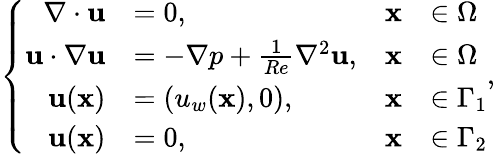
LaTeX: \left\{ \begin{array}{rlrl}{\nabla\cdot{\mathbf{u}}}&{=0,}&{\mathbf{x}}&{\in\Omega}\\ {{\mathbf{u}}\cdot\nabla{\mathbf{u}}}&{=-\nabla p+\frac{1}{Re}{\nabla^{2}}{\mathbf{u}},}&{\mathbf{x}}&{\in\Omega}\\ {\mathbf{u}(\mathbf{x})}&{=(u_{w}(\mathbf{x}),0),}&{\mathbf{x}}&{\in\Gamma_{1}}\\ {\mathbf{u}(\mathbf{x})}&{=0,}&{\mathbf{x}}&{\in\Gamma_{2}}\end{array}\right.,